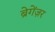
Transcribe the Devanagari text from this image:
ब्रेगेंज़र